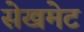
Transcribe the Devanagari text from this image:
सेखमेट